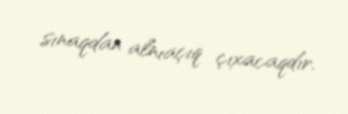
sınaqdan alnıaçıq çıxacaqdır.